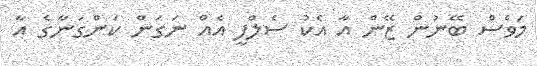
މަވެސް ބޭނުން ޒޭން އާ އެކު ސެލްފީ އެއް ނަގަން ކަންގަނާގެ އާ